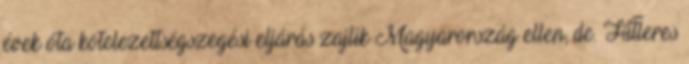
évek óta kötelezettségszegési eljárás zajlik Magyarország ellen, de. Hitleres